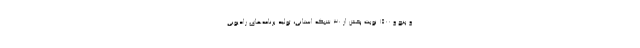
و پنج و ۱۵۰۰ نوبت پخش از ۳۰ شبکه استانی، تولید برنامه‌های رادیویی